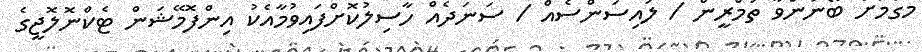
މަގާމަށް ބޭނުންވާ ތަމްރީން / ލައިސަންސެއް / ސަނަދެއް ހާސިލުކޮށްފައިވުމާއެކު އިންފޮމޭޝަން ޓެކްނޮލޮޖީގެ